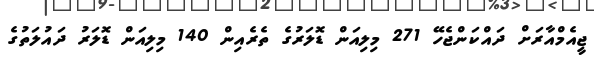
ޖީއެމްއާރަށް ދައްކަންޖެހޭ 271 މިލިއަން ޑޮލަރުގެ ތެރެއިން 140 މިލިއަން ޑޮލަރު ދައުލަތުގެ